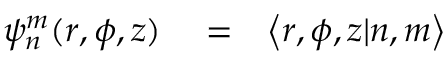
\begin{array} { r l r } { \psi _ { n } ^ { m } ( r , \phi , z ) } & { { } = } & { \left\langle r , \phi , z | n , m \right\rangle } \end{array}